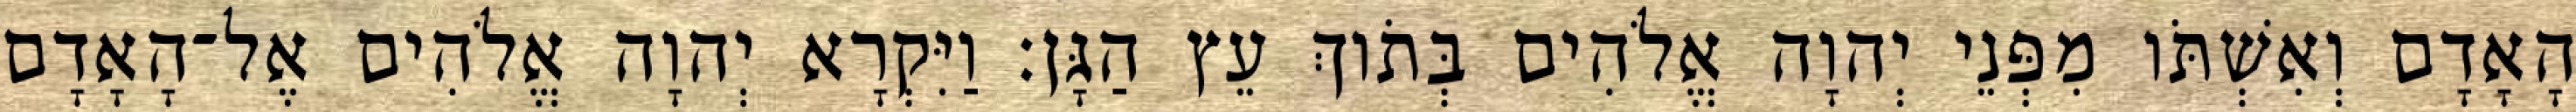
הָאָדָם וְאִשְׁתֹּו מִפְּנֵי יְהוָה אֱלֹהִים בְּתֹוךְ עֵץ הַגָּן׃ וַיִּקְרָא יְהוָה אֱלֹהִים אֶל־הָאָדָם